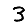
Digit: 3